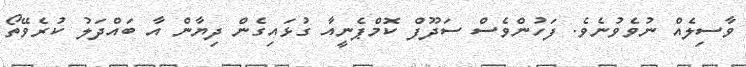
ވާސިލެއް ނުވެވުނެވެ. ފަހުންވެސް ސަދޫފް ކޮމްޕެނީއާ ގުޅައިގެން ދިޔާން އާ ބައްދަލު ކުރެވޭތޯ